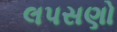
લપસણો